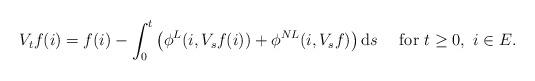
LaTeX: \begin{align*}V_{t}f(i)=f(i)-\int_{0}^{t}\left(\phi^{L}(i,V_{s}f(i))+\phi^{NL}(i,V_{s}f)\right){\rm d}s\quad\mbox{ for } t\ge 0,\ i\in E.\end{align*}